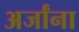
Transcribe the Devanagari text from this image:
अर्जांना